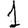
Digit: 1